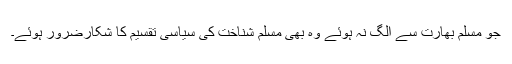
جو مسلم بھارت سے الگ نہ ہوئے وہ بھی مسلم شناخت کی سیاسی تقسیم کا شکارضرور ہوئے۔